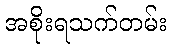
အစိုးရသက်တမ်း